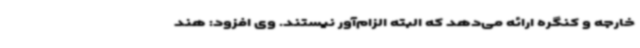
خارجه و کنگره ارائه می‌دهد که البته الزام‌آور نیستند. وی افزود: هند